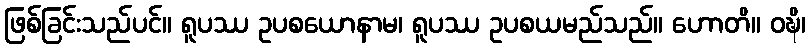
ဖြစ်ခြင်းသည်ပင်။ ရူပဿ ဥပစယောနာမ၊ ရူပဿ ဥပစယမည်သည်။ ဟောတိ။ ဝဍ္ဎိ၊